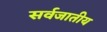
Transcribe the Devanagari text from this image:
सर्वजातीय